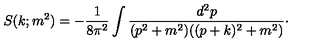
S ( k ; m ^ { 2 } ) = - { \frac { 1 } { 8 \pi ^ { 2 } } } \int { \frac { d ^ { 2 } p } { ( p ^ { 2 } + m ^ { 2 } ) ( ( p + k ) ^ { 2 } + m ^ { 2 } ) } } \cdotp